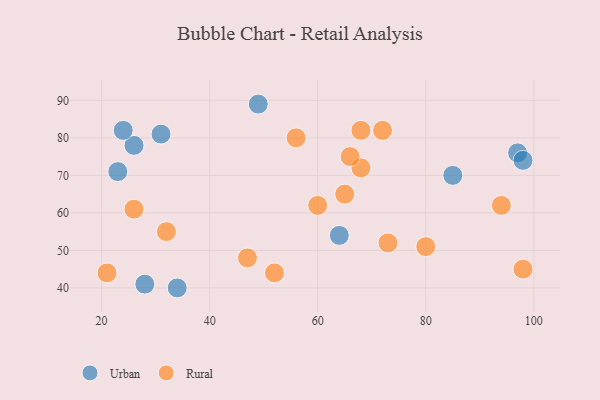
{"axis": {"x": "GDP", "y": "Life Expectancy"}, "legend": ["Rural", "Urban"], "data": [{"x": "34", "y": 40, "type": "Urban"}, {"x": "28", "y": 41, "type": "Urban"}, {"x": "23", "y": 71, "type": "Urban"}, {"x": "85", "y": 70, "type": "Urban"}, {"x": "26", "y": 78, "type": "Urban"}, {"x": "97", "y": 76, "type": "Urban"}, {"x": "24", "y": 82, "type": "Urban"}, {"x": "98", "y": 74, "type": "Urban"}, {"x": "64", "y": 54, "type": "Urban"}, {"x": "31", "y": 81, "type": "Urban"}, {"x": "49", "y": 89, "type": "Urban"}, {"x": "56", "y": 80, "type": "Rural"}, {"x": "65", "y": 65, "type": "Rural"}, {"x": "52", "y": 44, "type": "Rural"}, {"x": "68", "y": 82, "type": "Rural"}, {"x": "73", "y": 52, "type": "Rural"}, {"x": "68", "y": 72, "type": "Rural"}, {"x": "47", "y": 48, "type": "Rural"}, {"x": "32", "y": 55, "type": "Rural"}, {"x": "60", "y": 62, "type": "Rural"}, {"x": "80", "y": 51, "type": "Rural"}, {"x": "26", "y": 61, "type": "Rural"}, {"x": "66", "y": 75, "type": "Rural"}, {"x": "98", "y": 45, "type": "Rural"}, {"x": "21", "y": 44, "type": "Rural"}, {"x": "94", "y": 62, "type": "Rural"}, {"x": "72", "y": 82, "type": "Rural"}]}